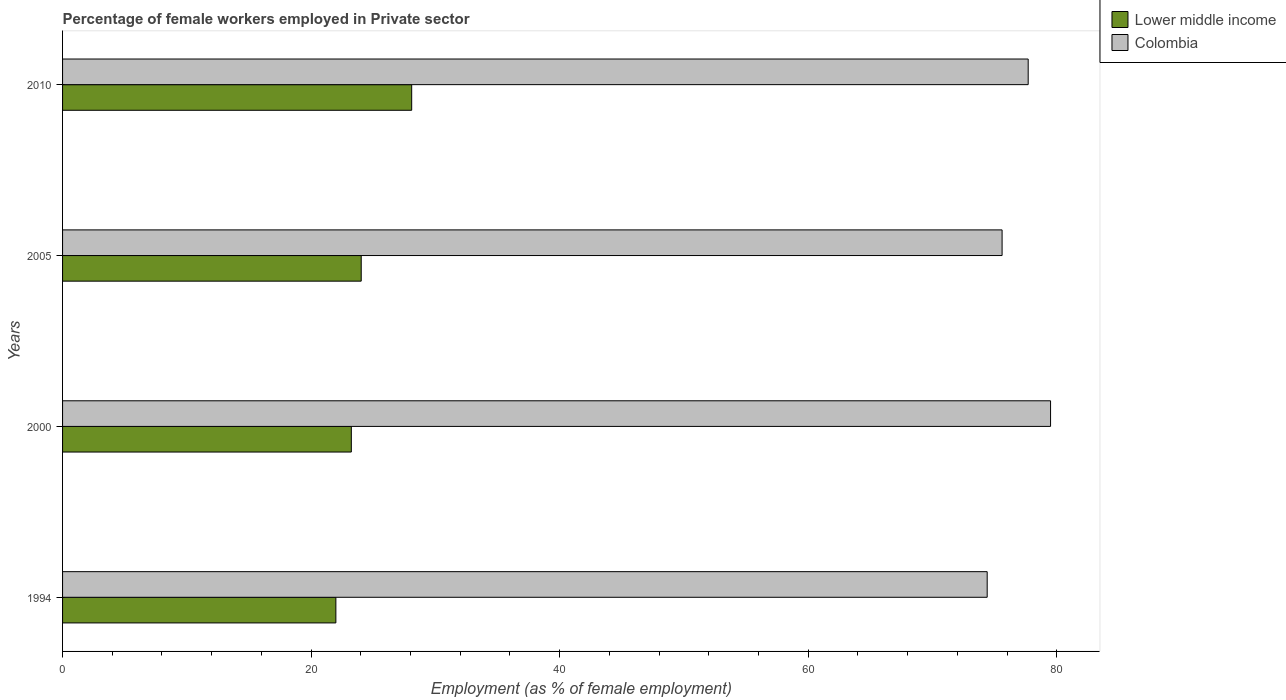
| Years | Lower middle income | Colombia |
 | --- | --- | --- |
 | 1994 | 22 | 74.4 |
 | 2000 | 23.2 | 79.5 |
 | 2005 | 24 | 75.6 |
 | 2010 | 28.1 | 77.7 |